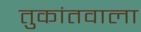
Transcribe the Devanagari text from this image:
तुकांतवाला